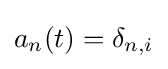
a_{n}(t)=\delta _{n,i}